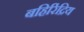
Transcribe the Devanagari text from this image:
बहिरिंद्रिय